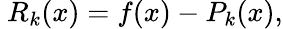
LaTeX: \ R_{k}(x)=f(x)-P_{k}(x),